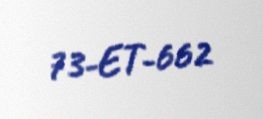
73-ET-662